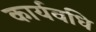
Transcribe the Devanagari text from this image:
कार्यवधि